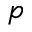
p